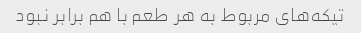
تیکه‌های مربوط به هر طعم با هم برابر نبود